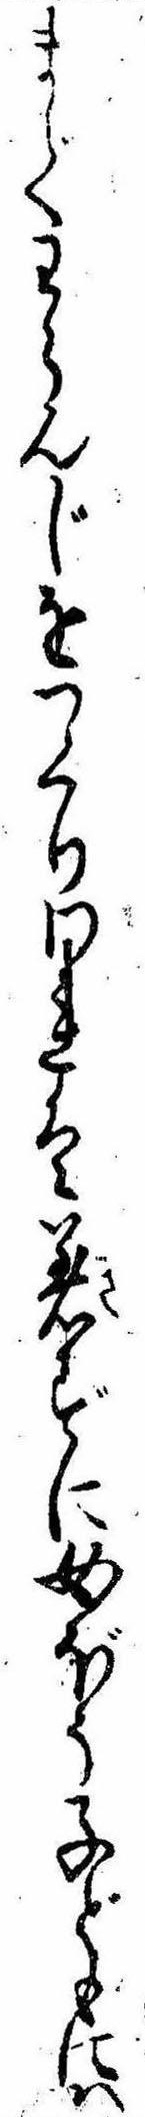
までわらんじをつくりわれは着ずに女ぼう子どもには